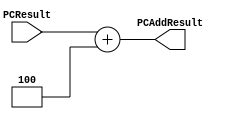
`timescale 1ns / 1ps

////////////////////////////////////////////////////////////////////////////////
// Last Edits: Nirmal Kumbhare, Ali Akoglu
// 
// Module - PCAdder.v
// Description - 32-Bit program counter (PC) adder.
// 
// INPUTS:-
// PCResult: 32-Bit input port.
// 
// OUTPUTS:-
// PCAddResult: 32-Bit output port.
//
// FUNCTIONALITY:-
// Design an incrementor by 4 
// (a hard-wired ADDER whose first input is from the PCResult, and 
// whose second input is a hard-wired value of 4 that outputs PCResult + 4. 
// The result should always be an increment of the signal 'PCResult' by 4 (i.e., PCAddResult = PCResult + 4).
////////////////////////////////////////////////////////////////////////////////

module PCAdder(PCResult, PCAddResult);

    input [31:0] PCResult;

    output reg [31:0] PCAddResult;

    always @(PCResult) begin
        PCAddResult <= PCResult + 4;
    end

endmodule